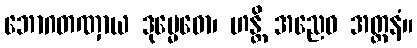
ဘောဂတဏှာယ ဒုမ္မေဓော၊ ဟန္တိ အညေဝ အတ္တနံ။